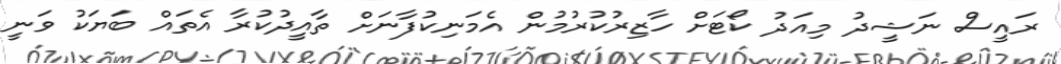
ރައީސް ނަޝީދު މިއަދު ކޯޓަށް ހާޒިރުކުރުމުން އެމަނިކުފާނަށް ތާއީދުކުރާ އެތައް ބަޔަކު ވަނީ